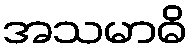
အသမာဓိ